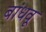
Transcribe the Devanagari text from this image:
बांधवू